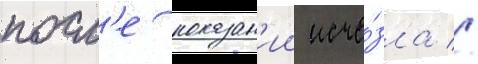
посл'е показан'ии исче́зла //